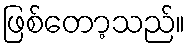
ဖြစ်တော့သည်။